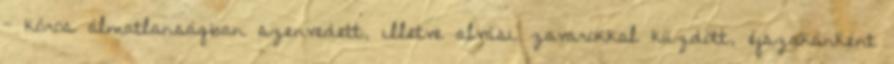
- kóros álmatlanságban szenvedett, illetve alvási zavarokkal küzdött, éjszakánként